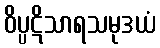
ဝိပ္ပဋိသာရသမုဒယံ